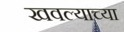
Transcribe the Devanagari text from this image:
खवल्याच्या